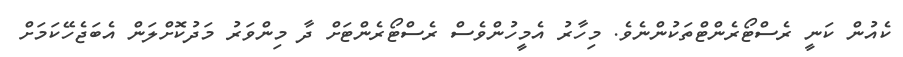
ކެއުން ކަނީ ރެސްޓޯރެންޓްތަކުންނެވެ. މިހާރު އެމީހުންވެސް ރެސްޓޯރެންޓަށް ދާ މިންވަރު މަދުކޮށްލަން އެބަޖެހޭކަމަށް